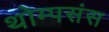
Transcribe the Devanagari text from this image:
थोम्पसंस